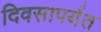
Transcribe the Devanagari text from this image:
दिवसापर्यत